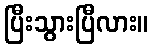
ပြီးသွားပြီလား။